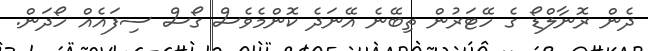
ދެން ރޮނާލްޑޯ ގެ ހޭޓަރުން ތިބޭނެ އޭނަދެ ކޮންމެވެސް ގޯސް ސިފައެއް ހޯދަން.